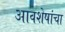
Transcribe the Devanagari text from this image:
आवशेषांचा